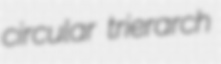
circular trierarch